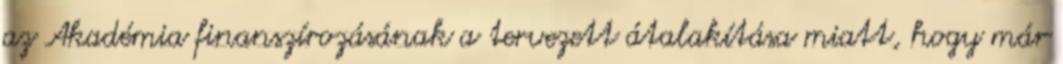
az Akadémia finanszírozásának a tervezett átalakítása miatt, hogy már